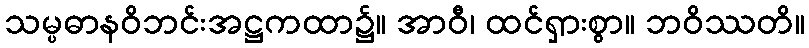
သမ္ပဓာနဝိဘင်းအဋ္ဌကထာ၌။ အာဝီ၊ ထင်ရှားစွာ။ ဘဝိဿတိ။